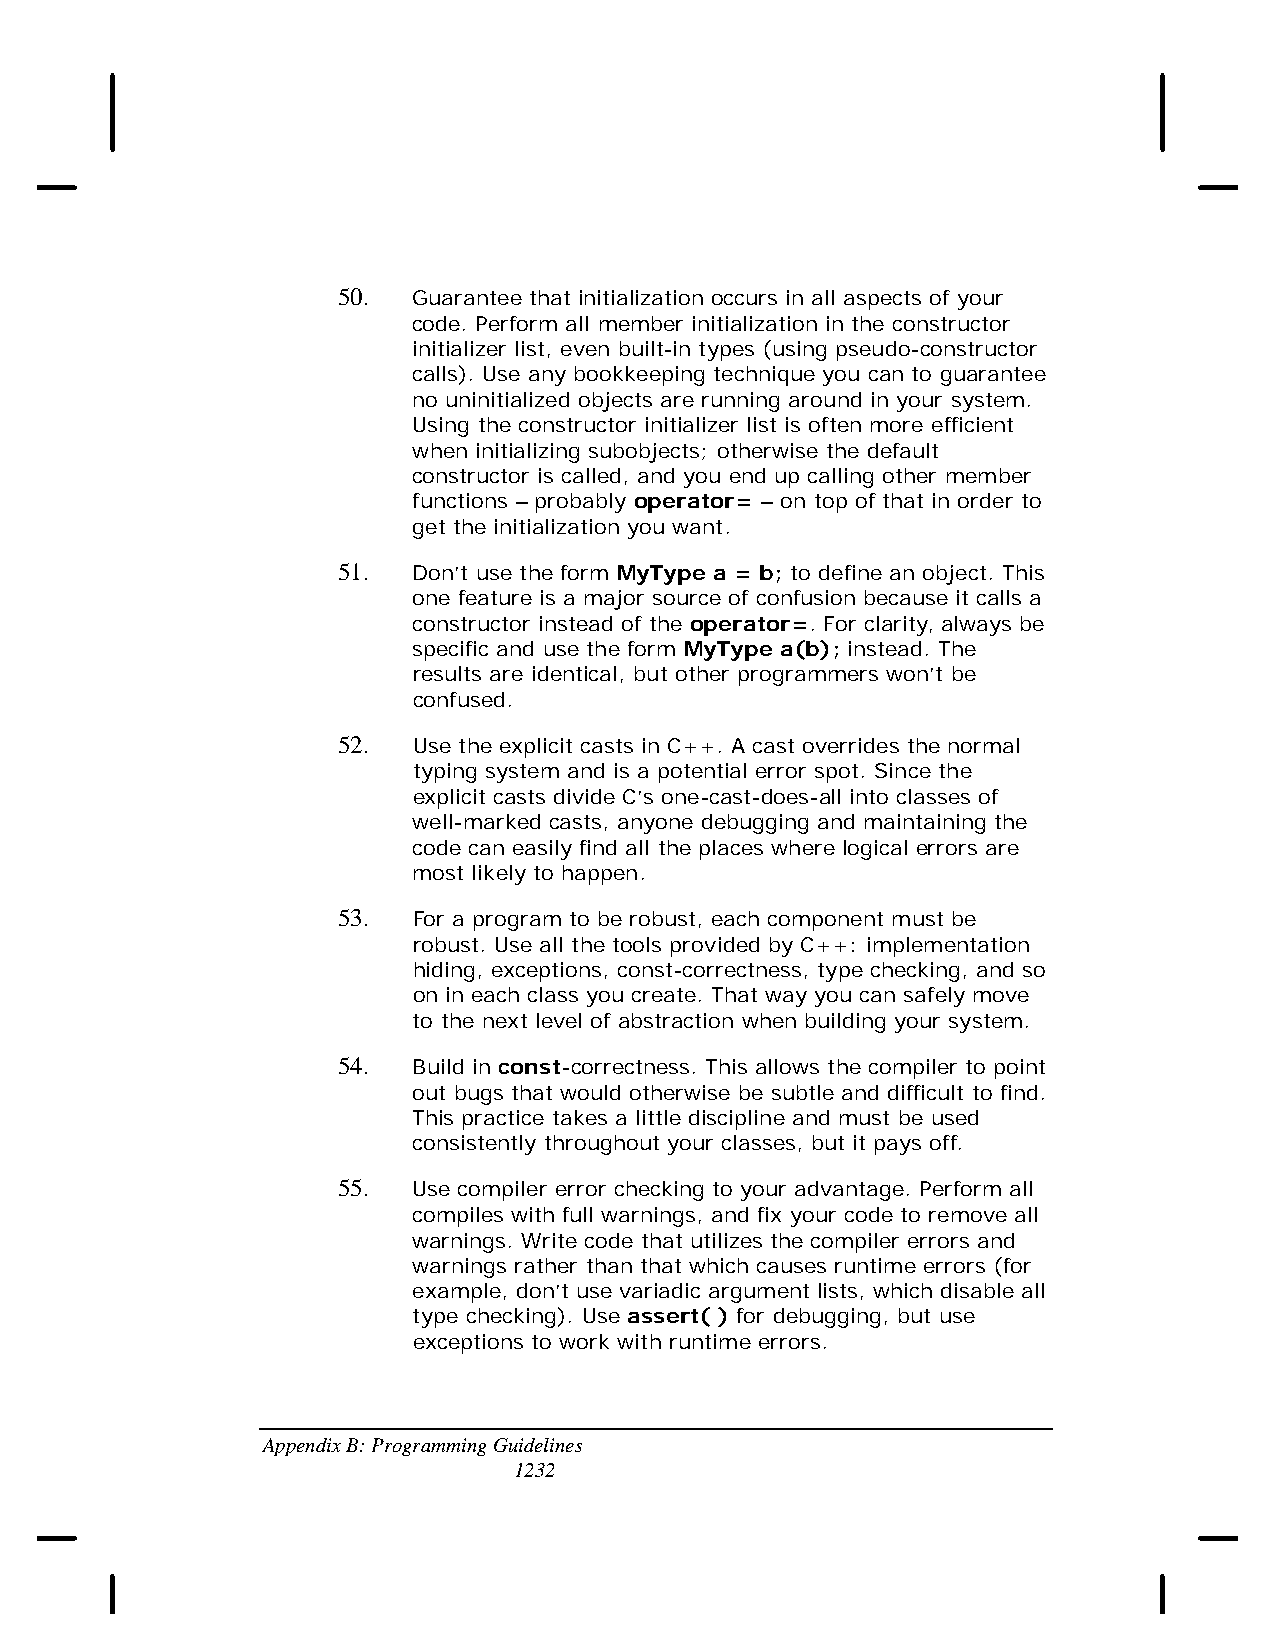
50.  Guarantee that initialization occurs in all aspects of your
 code. Perform all member initialization in the constructor
 initializer list, even built-in types (using pseudo-constructor
 calls). Use any bookkeeping technique you can to guarantee
 no uninitialized objects are running around in your system.
 Using the constructor initializer list is often more efficient
 when initializing subobjects; otherwise the default
 constructor is called, and you end up calling other member
 functions – probably operator= – on top of that in order to
 get the initialization you want.
 51.  Don’t use the form MyType a = b; to define an object. This
 one feature is a major source of confusion because it calls a
 constructor instead of the operator=. For clarity, always be
 specific and use the form MyType a(b); instead. The
 results are identical, but other programmers won’t be
 confused.
 52.  Use the explicit casts in C++. A cast overrides the normal
 typing system and is a potential error spot. Since the
 explicit casts divide C’s one-cast-does-all into classes of
 well-marked casts, anyone debugging and maintaining the
 code can easily find all the places where logical errors are
 most likely to happen.
 53.  For a program to be robust, each component must be
 robust. Use all the tools provided by C++: implementation
 hiding, exceptions, const-correctness, type checking, and so
 on in each class you create. That way you can safely move
 to the next level of abstraction when building your system.
 54.  Build in const-correctness. This allows the compiler to point
 out bugs that would otherwise be subtle and difficult to find.
 This practice takes a little discipline and must be used
 consistently throughout your classes, but it pays off.
 55.  Use compiler error checking to your advantage. Perform all
 compiles with full warnings, and fix your code to remove all
 warnings. Write code that utilizes the compiler errors and
 warnings rather than that which causes runtime errors (for
 example, don’t use variadic argument lists, which disable all
 type checking). Use assert( ) for debugging, but use
 exceptions to work with runtime errors.
 Appendix B: Programming Guidelines
 1232